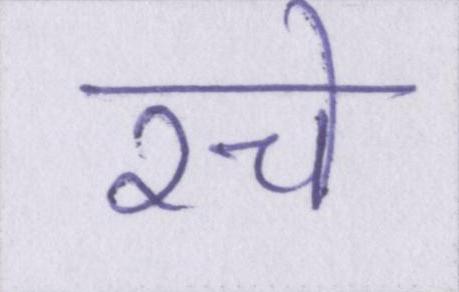
रचे